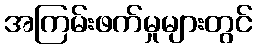
အကြမ်းဖက်မှုများတွင်